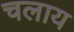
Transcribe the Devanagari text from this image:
चलाय